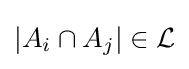
|A_{i}\cap A_{j}|\in {\mathcal {L}}